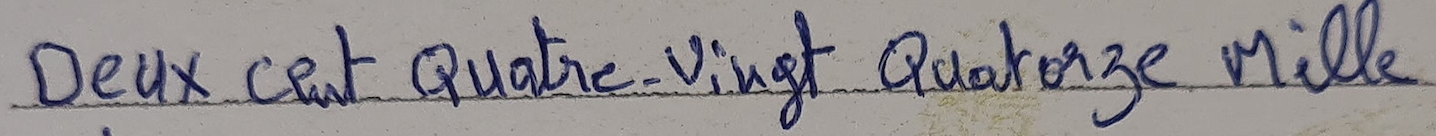
Deux cent Quatre-Vingt Quatorze Mille